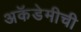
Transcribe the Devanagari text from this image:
अकॅडेमीची